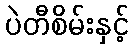
ပဲတီစိမ်းနှင့်